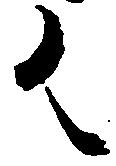
御